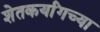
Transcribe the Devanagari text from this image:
शेतकर्यांगच्या